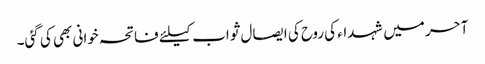
آحر میں شہداء کی روح کی ایصال ثواب کیلئے فاتحہ خوانی بھی کی گئی۔